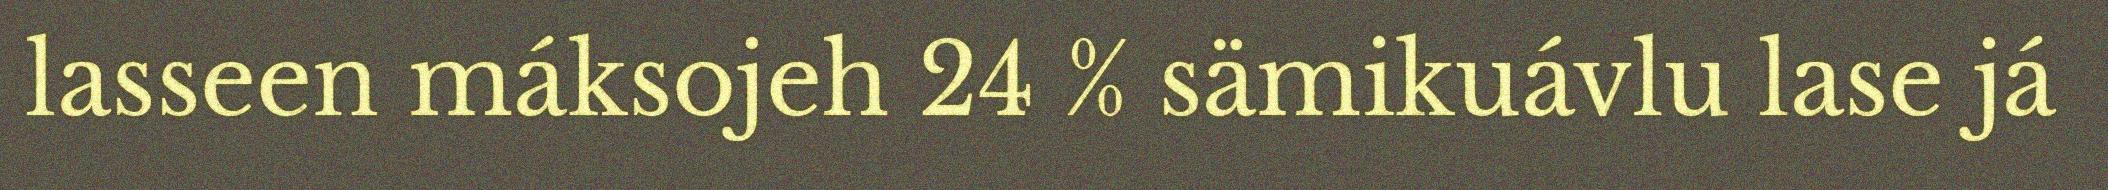
lasseen máksojeh 24 % sämikuávlu lase já